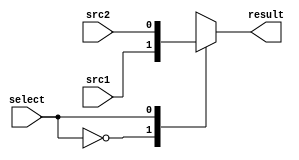
module MUX2to1(
	input      src1,
	input      src2,
	input	   select,
	output reg result
	);
	
always@(*) begin
	case(select)
		1'b0: result <= src1;
		1'b1: result <= src2; 
	endcase
end

endmodule